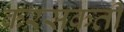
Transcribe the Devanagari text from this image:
करसकती